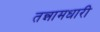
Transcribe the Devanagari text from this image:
तन्नामधारी